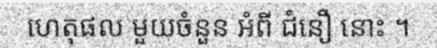
ហេតុផល មួយចំនួន អំពី ជំនឿ នោះ ។